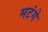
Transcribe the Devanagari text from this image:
मटंगे